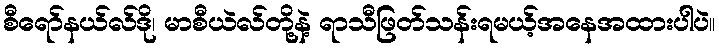
စီရော်နယ်လ်ဒို၊ မာစီယဲလ်တို့နဲ့ ရာသီဖြတ်သန်းရမယ့်အနေအထားပါပဲ။